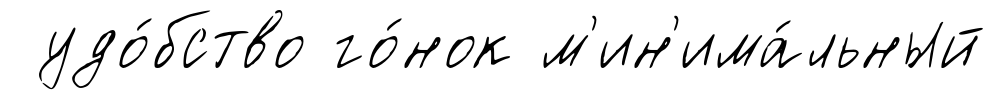
удо́бство го́нок м'ин'има́льный